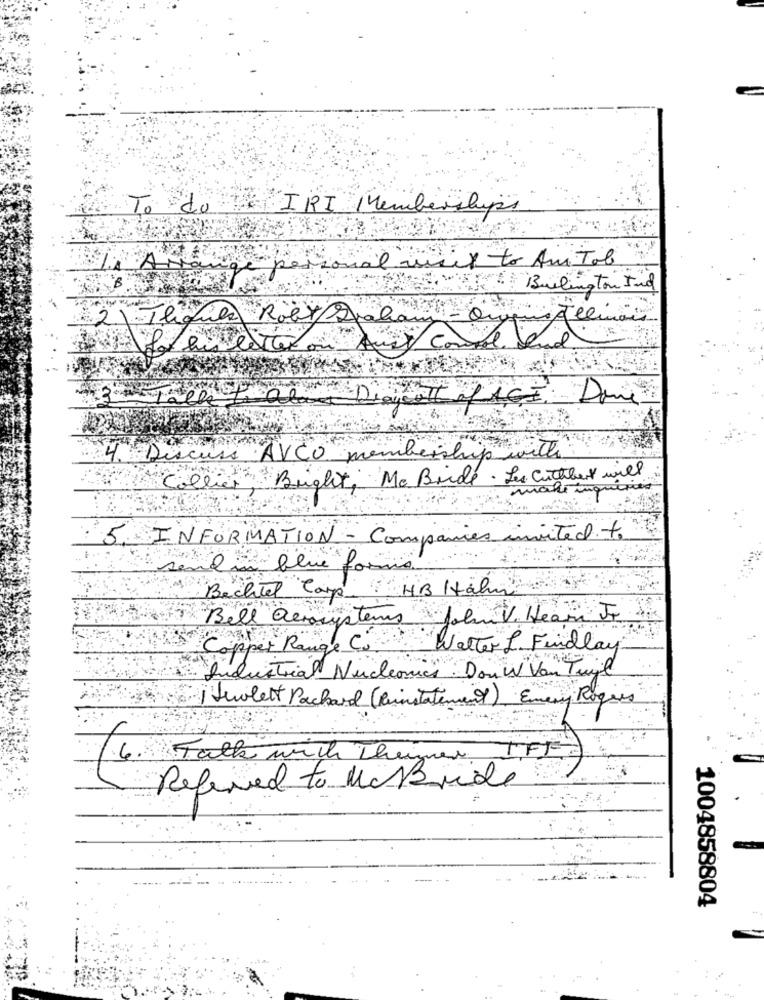
To do
IRI Memberships
I want to Am Tal
A
Burlington Ind
2\ The
Roby 2
his
è
Comand Send
Done
4.Discuss "AVCO membership with
Bugleti Mc Bride . Les Cuthbert will
make inquiries
INFORMATION - Companies invited to
Qin blue forms
Bechtel Carp HB Hähn
Bell arious
austens Johniv. Hear Je
Copper Range C.
Walter L. Findlay
Industrial Nucleonici
Don w Van Tuijl
Suolett Packard (Reinstatement). Emery Rogues
Talk with Theimer IFF)
Referred to McBride
1004858804